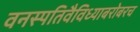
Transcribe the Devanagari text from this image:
वनस्पतिवैविध्याबरोबरच